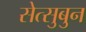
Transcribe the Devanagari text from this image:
सेत्सुबुन